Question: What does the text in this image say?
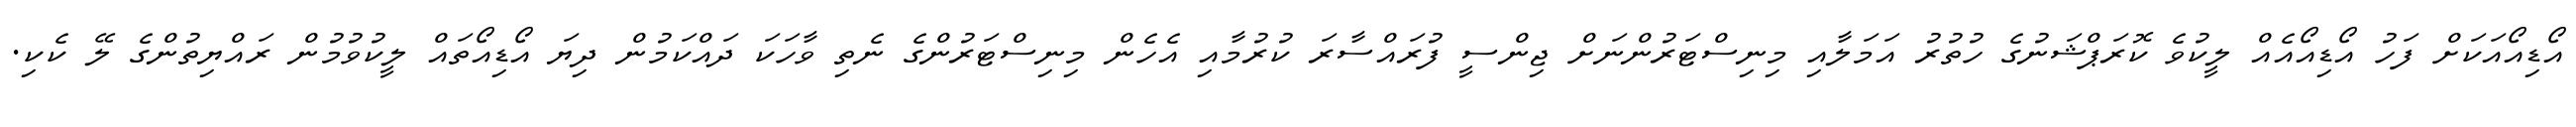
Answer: އޯޑިއޯއަކަށް ފަހު އޯޑިއޯއެއް ލީކުވެ ކޮރަޕްޝަނުގެ ހުތުރު އަމަލާއި މިނިސްޓަރުންނަށް ޖިންސީ ފުރައްސާރަ ކުރުމާއި އެހެން މިނިސްޓަރުންގެ ނެތި ވާހަކަ ދައްކަމުން ދިޔަ އޯޑިއޯތައް ލީކުވުމުން ރައްޔިތުންގެ ލޭ ކެކި.